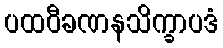
ပထဝီခဏနသိက္ခာပဒံ